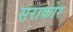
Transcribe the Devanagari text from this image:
सराकोर